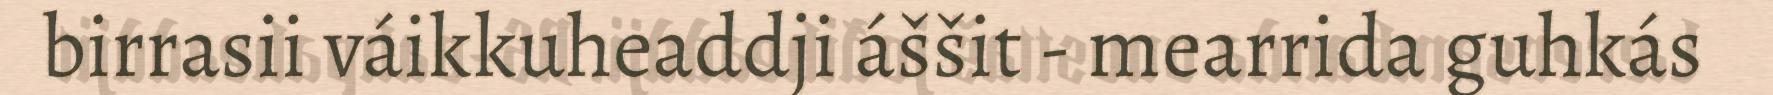
birrasii váikkuheaddji áššit - mearrida guhkás